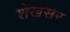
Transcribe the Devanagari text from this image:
शेखसर